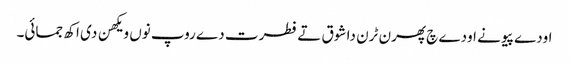
اودے پیو نے اودے چ پھرن ٹرن دا شوق تے فطرت دے روپ نوں ویکھن دی اکھ جمائی۔